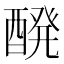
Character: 醗